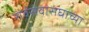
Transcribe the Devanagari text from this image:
सर्वसेवासंघाच्या